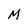
Character: M